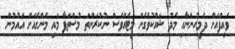
ވައިފްއަށް ދެމީހުންނާއި މެދު ޝައްކުވެގެން މީޓެއްވެސް ނުކުރަންތަ މުސްތަފާ މައި މެންގެއަށް އައުމުން